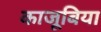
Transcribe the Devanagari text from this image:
काजूबिया